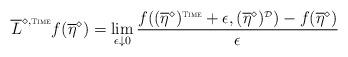
LaTeX: \begin{align*}\overline{L}^{\diamond,\mbox{\tiny \sc Time}}f(\overline{\eta}^{\diamond}) = \lim_{\epsilon \downarrow 0} \frac{f((\overline{\eta}^{\diamond})^{\mbox{\tiny \sc Time}} + \epsilon, (\overline{\eta}^{\diamond})^{\mbox{\tiny $\mathcal{D}$}}) - f(\overline{\eta}^{\diamond})}{\epsilon}\end{align*}